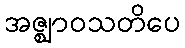
အဇ္ဈာဝသတိပေ